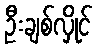
ဦးချစ်လှိုင်